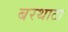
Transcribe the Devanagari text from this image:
बरथाटा